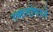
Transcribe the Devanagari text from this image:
रक्तदोषाने